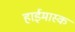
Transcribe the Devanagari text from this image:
हाईमास्क